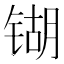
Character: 𲈋